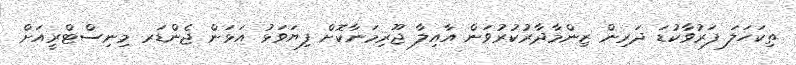
ތިކަހަލަ ފަރުވާކުޑަ ދަރިން ޒިންމާދާރުކުރުވަން އާއިލާ ޖޫރިމަނާކޮށް ފިޔަވަޅު އަޅަން ޖެންޑަރ މިނިސްޓްރީއަށް